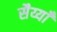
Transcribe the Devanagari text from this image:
सैय्याँ